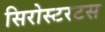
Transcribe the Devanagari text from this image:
सिरोस्टरटस